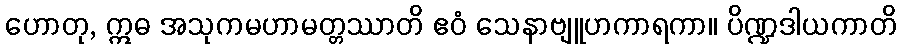
ဟောတု, ဣဓ အသုကမဟာမတ္တဿာတိ ဧဝံ သေနာဗျူဟကာရကာ။ ပိဏ္ဍဒါယကာတိ